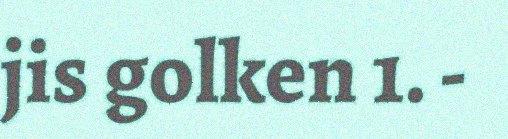
jis golken 1. -